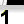
Digit: 1